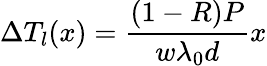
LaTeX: \Delta T_{l}(x)=\frac{(1-R)P}{w\lambda_{0}d}x